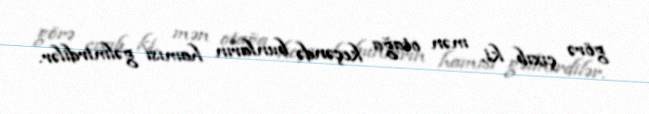
görə çıxıb ki, mən otağa keçəndə bunların hamısı gəlmirdilər.